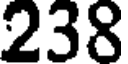
238